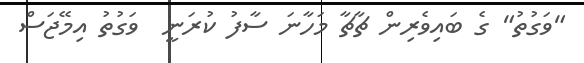
"ވަގުތު" ގެ ބައިވެރިން ޗާޗާ މަހާނަ ސާފު ކުރަނީ  ވަގުތު އިމޭޖަސް